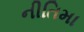
નીતિમા